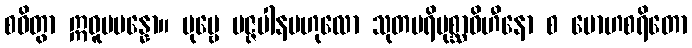
စဝိတွာ ဣဓူပပန္နော။ ပုဗ္ဗေ မဇ္ဇပါနဗဟုလော သုတပရိပုစ္ဆာဝိဟီနော စ မောဟစရိတော